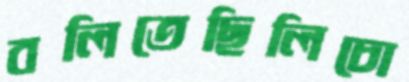
বলিতেছিলিচো